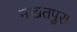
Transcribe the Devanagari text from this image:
नखतपुरा